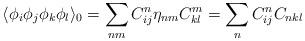
LaTeX: \begin{align*}\langle \phi_i \phi_j \phi_k \phi_l\rangle_{0} = \sum_{nm} C_{ij}^{n} \eta_{nm}C_{kl}^{m} = \sum_n C_{ij}^{n} C_{nkl}\end{align*}